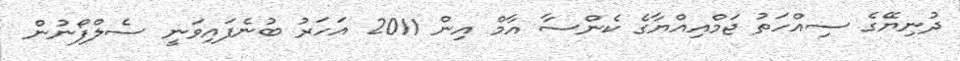
ދުނިޔޭގެ ސިއްހަތު ޖަމްއިއްޔާގެ ކެންސާ އާމް އިން 2011 އަހަރު ބުނެފައިވަނީ ސެލްފޯނުން